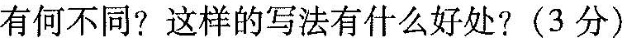
有何不同?这样的写法有什么好处?(3分)